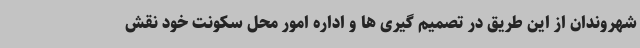
شهروندان از این طریق در تصمیم گیری ها و اداره امور محل سکونت خود نقش